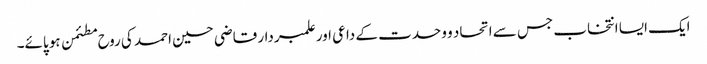
ایک ایسا انتخاب جس سے اتحاد و وحدت کے داعی اور علمبردار قاضی حسین احمد کی روح مطئمن ہو پائے۔